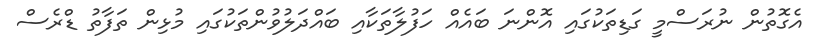
އެގޮތުން ނުރަސްމީ ގަޑިތަކުގައި އޮންނަ ބައެއް ހަފުލާތަކާއި ބައްދަލުވުންތަކުގައި މުޅިން ތަފާތު ޑްރެސް